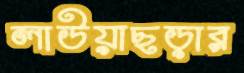
লাউয়াছড়ার